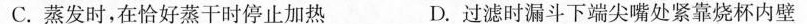
C. 蒸发时，在恰好蒸干时停止加热 D. 过滤时漏斗下端尖嘴处紧靠烧杯内壁